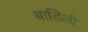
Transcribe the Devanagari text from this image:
बाडिली